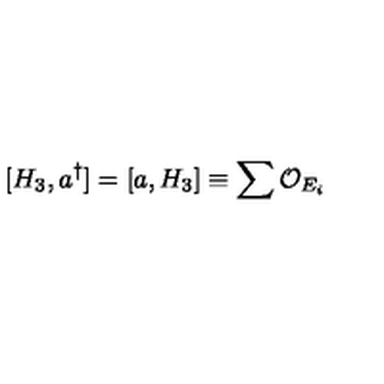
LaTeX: [ H _ { 3 } , a ^ { \dagger } ] = [ a , H _ { 3 } ] \equiv \sum { \cal O } _ { E _ { i } }